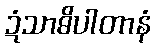
ဍံသာဓိပါတာနံ